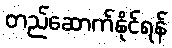
တည်ဆောက်နိုင်ရန်